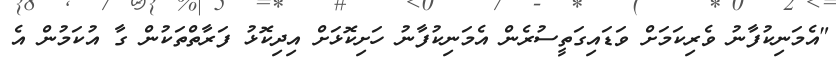
"އެމަނިކުފާނު ވެރިކަމަށް ވަޑައިގަތީސުރެން އެމަނިކުފާނު ހަށިކޮޅަށް އިދިކޮޅު ފަރާތްތަކުން ގާ އުކަމުން އެ